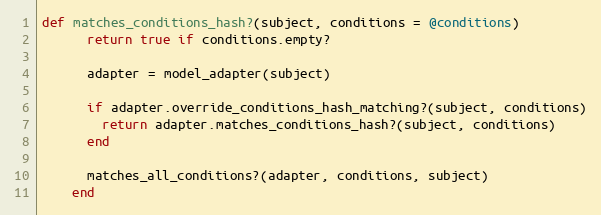
Language: Ruby
def matches_conditions_hash?(subject, conditions = @conditions)
      return true if conditions.empty?

      adapter = model_adapter(subject)

      if adapter.override_conditions_hash_matching?(subject, conditions)
        return adapter.matches_conditions_hash?(subject, conditions)
      end

      matches_all_conditions?(adapter, conditions, subject)
    end